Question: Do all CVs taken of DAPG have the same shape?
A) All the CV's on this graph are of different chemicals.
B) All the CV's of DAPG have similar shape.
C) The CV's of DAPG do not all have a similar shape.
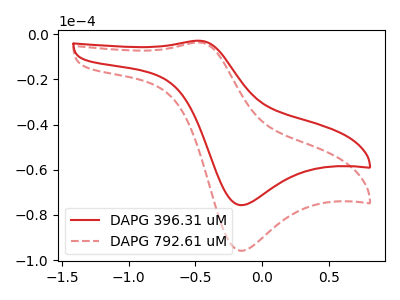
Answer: <think>The red curve "DAPG 396.31 uM" has an anodic peak at (-0.45V, -2.95uA) and a cathodic peak at (-0.15V, -75.65uA). The red dashed curve "DAPG 792.61 uM" has an anodic peak at (-0.45V, -3.75uA) and a cathodic peak at (-0.15V, -95.85uA).
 All the peaks in "DAPG 396.31 uM" have a peak in "DAPG 792.61 uM" at the same potential.</think>
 <answer>B) All the CV's of "DAPG" have similar shape.</answer>
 <eval>B</eval>